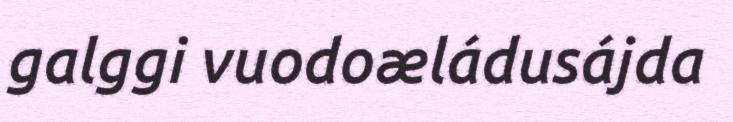
galggi vuodoæládusájda